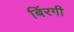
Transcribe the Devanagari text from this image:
बिंरगी